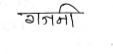
मजकूर: गजनी